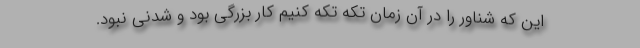
این که شناور را در آن زمان تکه تکه کنیم کار بزرگی بود و شدنی نبود.